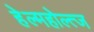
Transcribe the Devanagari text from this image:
हेल्महोल्त्ज